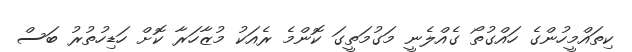
ކިތައްމީހުންގެ ހައްގުތޯ ގެއްލެނީ މަގުމަތީގަ ކޮންމެ ރެއަކު މުޒާހަރާ ކޮށް ހަޑިހުތުރު ބަސް